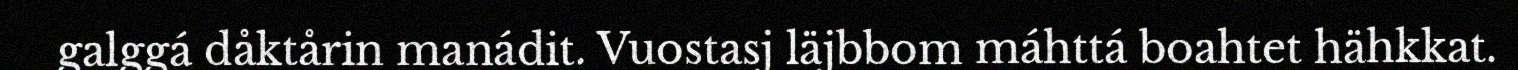
galggá dåktårin manádit. Vuostasj läjbbom máhttá boahtet hähkkat.